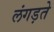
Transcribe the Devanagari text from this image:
लंगड़ते